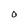
Character: O